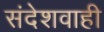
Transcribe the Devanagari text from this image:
संदेशवाही